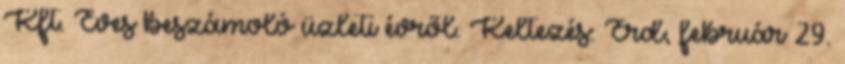
Kft. Éves beszámoló üzleti évről. Keltezés: Érd, február 29.